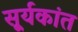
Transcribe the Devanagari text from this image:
सू्र्यकांत